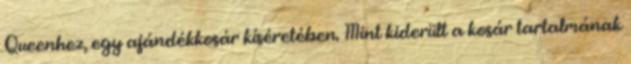
Queenhez, egy ajándékkosár kíséretében. Mint kiderült a kosár tartalmának